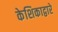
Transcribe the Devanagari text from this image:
केशिकाद्वारे